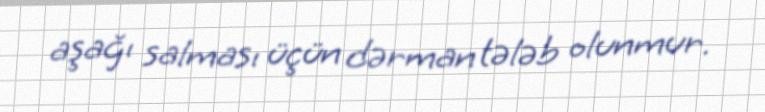
aşağı salması üçün dərman tələb olunmur.